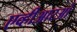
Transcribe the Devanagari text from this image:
एव्हीआरओ